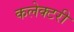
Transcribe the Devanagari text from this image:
कलेक्टरी